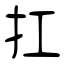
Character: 扛